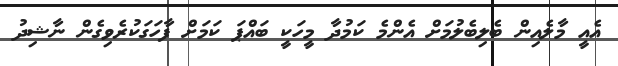
އެއީ މާލެއިން ބެލިބެލުމަށް އެންމެ ކަމުދާ މީހަކީ ބައްޕަ ކަމަށް ފާހަގަކުރެވިގެން ނާޝިދު